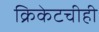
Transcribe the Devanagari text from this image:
क्रिकेटचीही